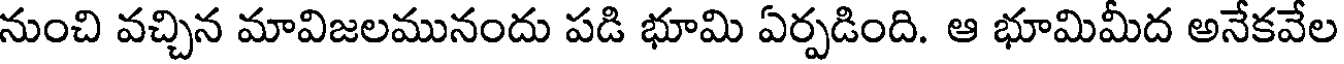
నుంచి వచ్చిన మావిజలమునందు పడి భూమి ఏర్పడింది. ఆ భూమిమీద అనేకవేల